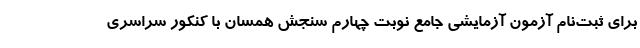
برای ثبت‌نام آزمون‌ آزمایشی جامع نوبت چهارم سنجش همسان با کنکور سراسری